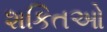
શકિતઓ